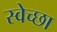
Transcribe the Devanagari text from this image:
स्‍वेच्‍छा